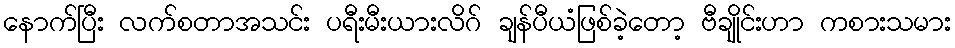
နောက်ပြီး လက်စတာအသင်း ပရီးမီးယားလိဂ် ချန်ပီယံဖြစ်ခဲ့တော့ ဗီချိုင်းဟာ ကစားသမား